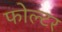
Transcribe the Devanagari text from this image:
फोल्टर